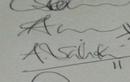
Signature authenticity: genuine